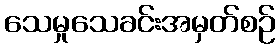
သေမှုသေခင်းအမှတ်စဉ်